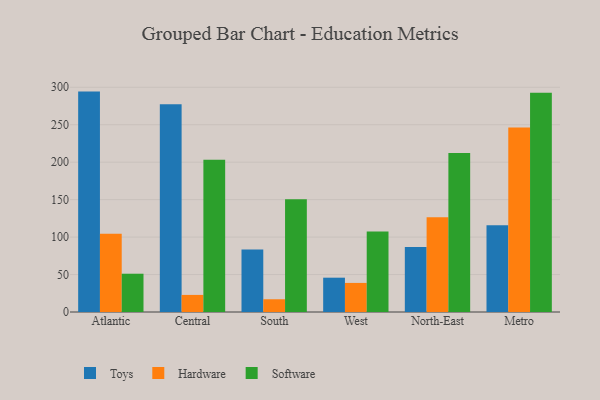
{"axis": {"x": "Region", "y": "Population (Million)"}, "legend": ["Hardware", "Software", "Toys"], "data": [{"x": "Atlantic", "y": 294.2, "type": "Toys"}, {"x": "Atlantic", "y": 104.4, "type": "Hardware"}, {"x": "Atlantic", "y": 51.1, "type": "Software"}, {"x": "Central", "y": 277.4, "type": "Toys"}, {"x": "Central", "y": 22.8, "type": "Hardware"}, {"x": "Central", "y": 203.2, "type": "Software"}, {"x": "South", "y": 83.5, "type": "Toys"}, {"x": "South", "y": 17.0, "type": "Hardware"}, {"x": "South", "y": 150.4, "type": "Software"}, {"x": "West", "y": 45.8, "type": "Toys"}, {"x": "West", "y": 38.8, "type": "Hardware"}, {"x": "West", "y": 107.5, "type": "Software"}, {"x": "North-East", "y": 86.7, "type": "Toys"}, {"x": "North-East", "y": 126.4, "type": "Hardware"}, {"x": "North-East", "y": 212.2, "type": "Software"}, {"x": "Metro", "y": 115.7, "type": "Toys"}, {"x": "Metro", "y": 246.4, "type": "Hardware"}, {"x": "Metro", "y": 292.6, "type": "Software"}]}